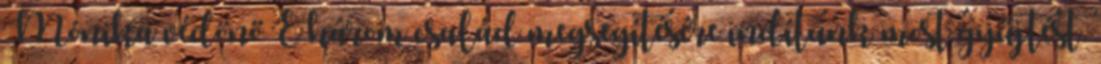
Mónika védőnő E három család megsegítésére indítunk most gyűjtést.